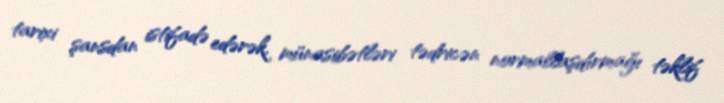
tarixi şansdan istifadə edərək, münasibətləri tədricən normallaşdırmağı təklif